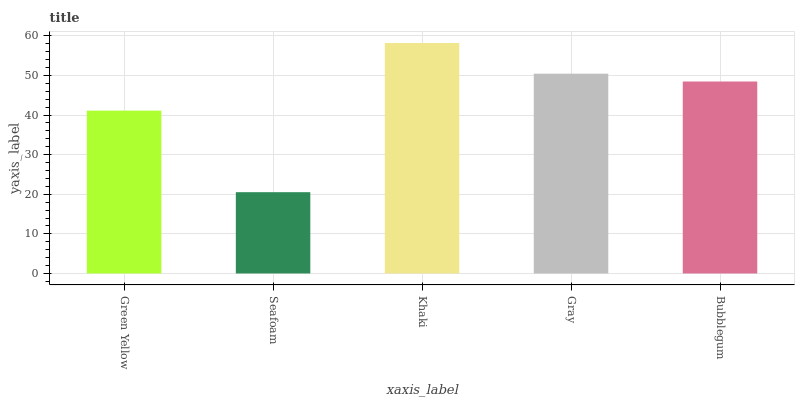
| xaxis_label | bars |
 | --- | --- |
 | Green Yellow | 41.1 |
 | Seafoam | 20.5 |
 | Khaki | 58.2 |
 | Gray | 50.4 |
 | Bubblegum | 48.5 |